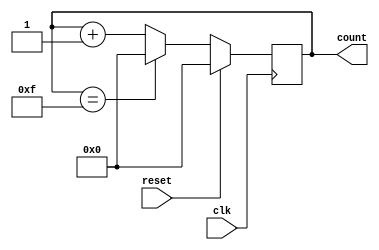
`timescale 1ns / 1ps
//////////////////////////////////////////////////////////////////////////////////
// Company: 
// Engineer: 
// 
// Design Name: 
// Module Name: mod_16_counter
// Project Name: 
// Target Devices: 
// Tool Versions: 
// Description: 
// 
// Dependencies: 
// 
// Revision:
// Revision 0.01 - File Created
// Additional Comments:
// 
//////////////////////////////////////////////////////////////////////////////////


module mod_16_counter#(parameter WIDTH = 16)(
                                            input clk,
                                            input reset,
                                            output reg [WIDTH-1:0] count);

always @(posedge clk)
begin
    if (reset) begin
        count <= 0;
    end else begin
        count <= count + 1'b1;
        if (count == WIDTH-1) 
        begin
            count <= 0;
        end
    end
end
endmodule